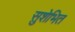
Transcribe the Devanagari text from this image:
सुशेभित